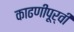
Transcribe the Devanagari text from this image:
काढणीपूर्वी